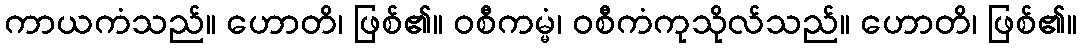
ကာယကံသည်။ ဟောတိ၊ ဖြစ်၏။ ဝစီကမ္မံ၊ ဝစီကံကုသိုလ်သည်။ ဟောတိ၊ ဖြစ်၏။